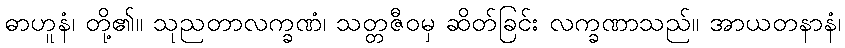
ဓာဟူနံ၊ တို့၏။ သုညတာလက္ခဏံ၊ သတ္တဇီဝမှ ဆိတ်ခြင်း လက္ခဏာသည်။ အာယတနာနံ၊